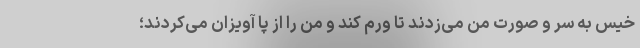
خیس به سر و صورت من می‌زدند تا ورم کند و من را از پا آویزان می‌کردند؛